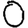
Digit: 0